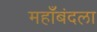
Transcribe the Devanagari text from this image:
महाँबंदला